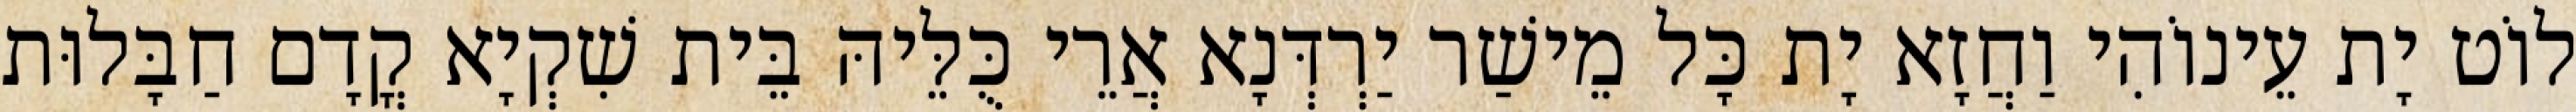
לוֹט יָת עֵינוֹהִי וַחֲזָא יָת כָּל מֵישַׁר יַרְדְּנָא אֲרֵי כֻּלֵּיהּ בֵּית שִׁקְיָא קֳדָם חַבָּלוּת